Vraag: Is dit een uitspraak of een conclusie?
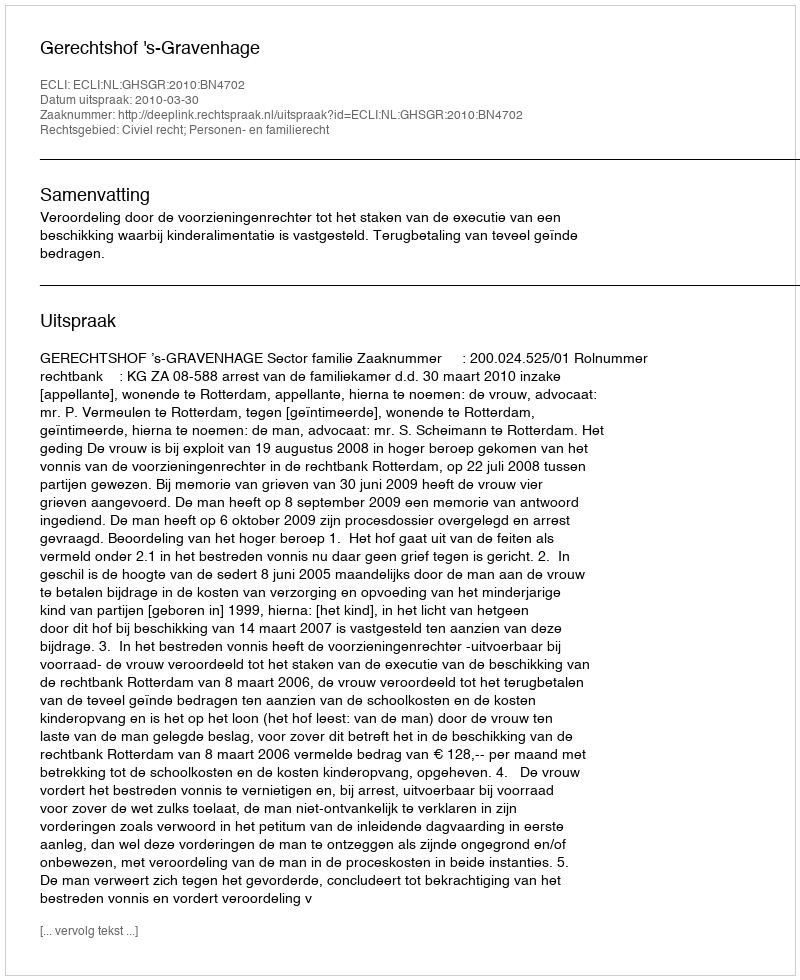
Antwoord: Uitspraak